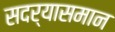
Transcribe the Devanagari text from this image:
सदर्‍यासमान